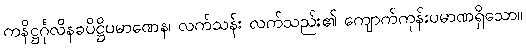
ကနိဋ္ဌင်္ဂုလိနခပိဋ္ဌိပမာဏေန၊ လက်သန်း လက်သည်း၏ ကျောက်ကုန်းပမာဏရှိသော။